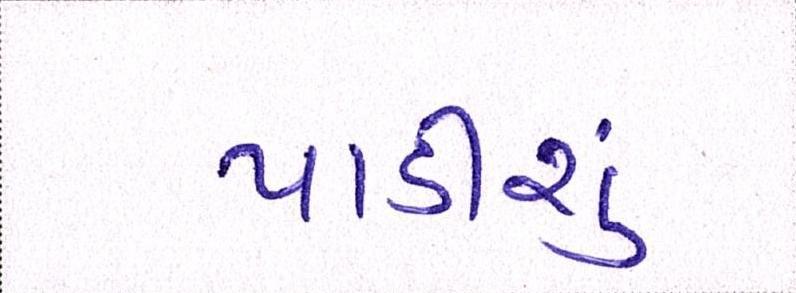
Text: પાડીશું